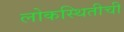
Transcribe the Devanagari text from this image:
लोकस्थितीची